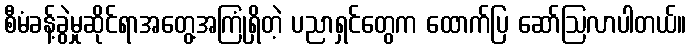
စီမံခန့်ခွဲမှုဆိုင်ရာအတွေ့အကြုံရှိတဲ့ ပညာရှင်တွေက ထောက်ပြ ဆော်ဩလာပါတယ်။